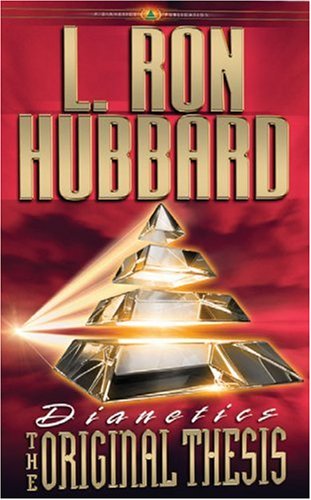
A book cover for Dianetics: The Original Thesis (English); L. Ron Hubbard; Religion & Spirituality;